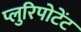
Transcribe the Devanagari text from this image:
प्लुरिपोटेंट